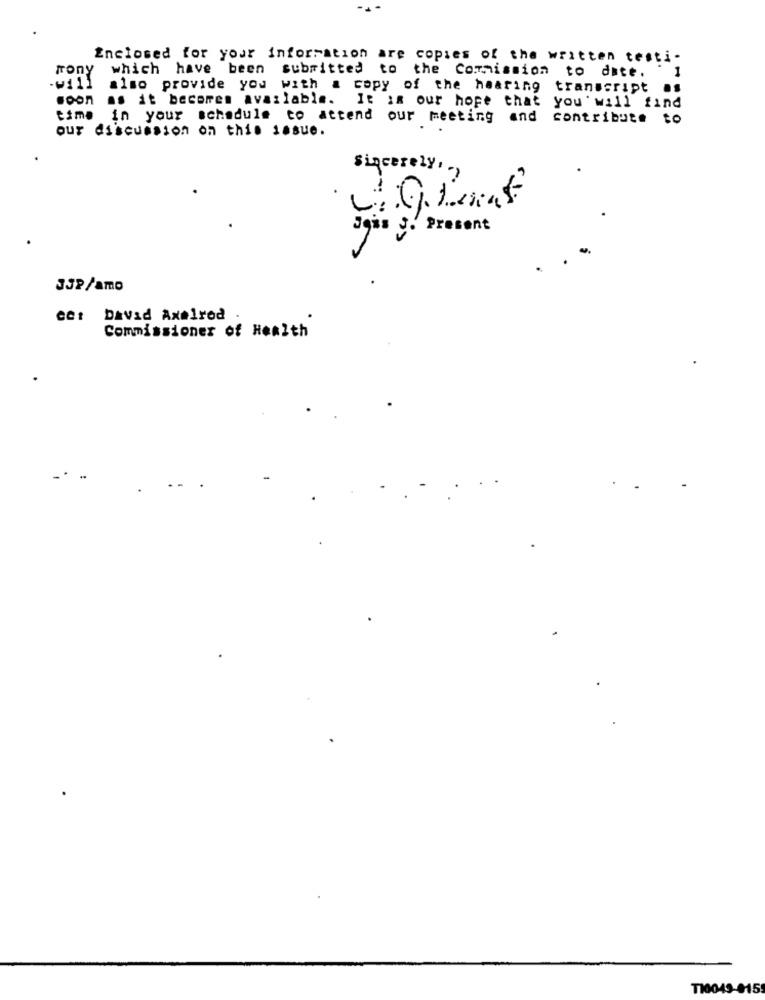
Enclosed for your information are copies of the written testi-
-will
Tony
which have been submitted to the Commission to date. "
also provide you with a copy of the hearing transcript as
soon as it becomes available.
It is our hope that you' will find
time
in your schedule to attend our meeting and contribute to
our discussion on this issue.
Sincerely ,,
Jgas S. Present
332/amo
eet Davad Axelrod .
Commissioner of Health
T10049-015